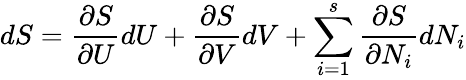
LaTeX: dS={\frac{\partial S}{\partial U}}dU+{\frac{\partial S}{\partial V}}dV+\sum_{i=1}^{s}{\frac{\partial S}{\partial N_{i}}}dN_{i}